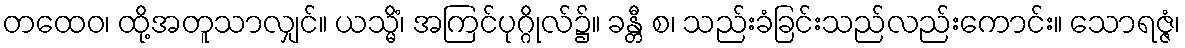
တထေဝ၊ ထို့အတူသာလျှင်။ ယသ္မိံ၊ အကြင်ပုဂ္ဂိုလ်၌။ ခန္တီ စ၊ သည်းခံခြင်းသည်လည်းကောင်း။ သောရဇ္ဇံ၊